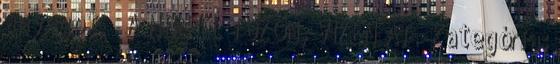
anyagot. ” A NÉPPEL TŰZÖN, VÍZEN ÁT “ Kategória: